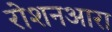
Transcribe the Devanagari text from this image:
रोशनआरा